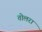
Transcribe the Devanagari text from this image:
तोलरा